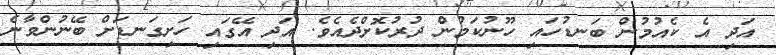
އަދި އެ ކެއުމުން ބަނޑުހައި ހޫނުކަމުން ދުރުކޮށްދެއެވެ. އަދި އޭގައި ހަށިގަނޑަށް ބޭނުންވާނެ